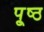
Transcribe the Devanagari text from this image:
पृ्ष्ठ